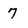
Character: 7